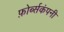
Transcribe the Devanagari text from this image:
फ़ोर्ब्सकंपनी